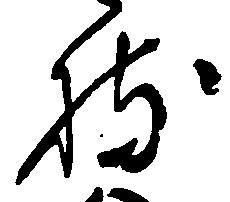
持